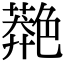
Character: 䒎